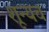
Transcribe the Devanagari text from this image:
शून्यच